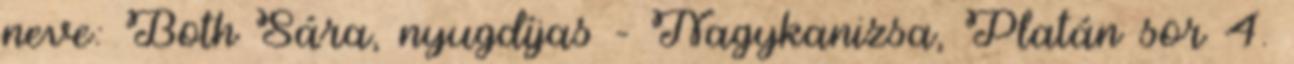
neve: Both Sára, nyugdíjas – Nagykanizsa, Platán sor 4.